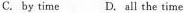
C. by time D. A!l the time